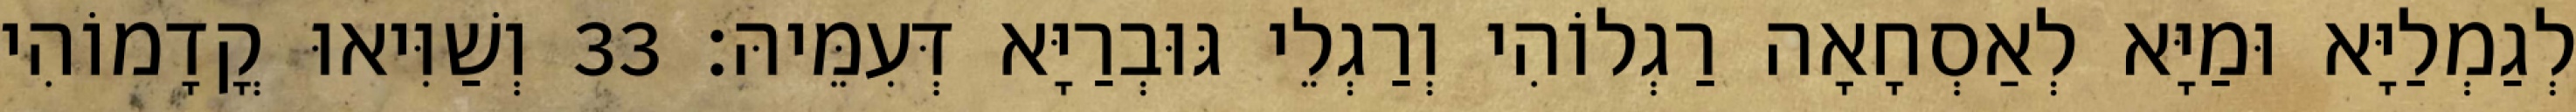
לְגַמְלַיָּא וּמַיָּא לְאַסְחָאָה רַגְלוֹהִי וְרַגְלֵי גּוּבְרַיָּא דְּעִמֵּיהּ׃ 33 וְשַׁוִּיאוּ קֳדָמוֹהִי